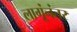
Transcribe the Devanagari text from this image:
लागूंनंतर